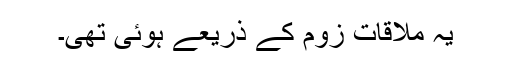
یہ ملاقات زوم کے ذریعے ہوئی تھی۔